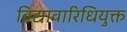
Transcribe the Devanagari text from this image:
विद्यावारिधियुक्त